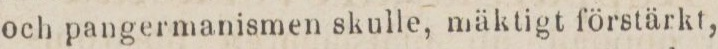
och pangermanismen skulle, mäktigt förstärkt,